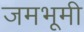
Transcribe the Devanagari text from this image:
जमभूमी